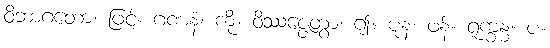
ဝိဘာဂတော၊ ဖြင့်။ ဂဏနံ၊ ကို။ ဝိဿဇ္ဇေတွာ၊ ၍။ ပုန၊ ဖန်။ ရူက္ခန္ဓ။ ပ။